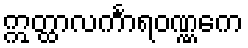
ဣတ္ထာလင်္ကာရဝဏ္ဏကေ